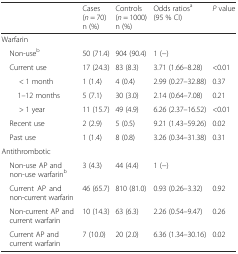
<table><thead><tr><td></td><td><b>Cases(<i>n</i> = 70)n (%)</b></td><td><b>Controls(<i>n</i> = 1000)n (%)</b></td><td><b>Odds ratios<sup>a</sup>(95 % CI)</b></td><td><b><i>P</i> value</b></td></tr></thead><tbody><tr><td colspan="5">Warfarin</td></tr><tr><td> Non-use<sup>b</sup></td><td>50 (71.4)</td><td>904 (90.4)</td><td>1 (−)</td><td></td></tr><tr><td> Current use</td><td>17 (24.3)</td><td>83 (8.3)</td><td>3.71 (1.66–8.28)</td><td>&lt;0.01</td></tr><tr><td>&lt; 1 month</td><td>1 (1.4)</td><td>4 (0.4)</td><td>2.99 (0.27–32.88)</td><td>0.37</td></tr><tr><td>1–12 months</td><td>5 (7.1)</td><td>30 (3.0)</td><td>2.14 (0.64–7.08)</td><td>0.21</td></tr><tr><td>&gt; 1 year</td><td>11 (15.7)</td><td>49 (4.9)</td><td>6.26 (2.37–16.52)</td><td>&lt;0.01</td></tr><tr><td> Recent use</td><td>2 (2.9)</td><td>5 (0.5)</td><td>9.21 (1.43–59.26)</td><td>0.02</td></tr><tr><td> Past use</td><td>1 (1.4)</td><td>8 (0.8)</td><td>3.26 (0.34–31.38)</td><td>0.31</td></tr><tr><td colspan="5">Antithrombotic</td></tr><tr><td> Non-use AP and non-use warfarin<sup>b</sup></td><td>3 (4.3)</td><td>44 (4.4)</td><td>1 (−)</td><td></td></tr><tr><td> Current AP and non-current warfarin</td><td>46 (65.7)</td><td>810 (81.0)</td><td>0.93 (0.26–3.32)</td><td>0.92</td></tr><tr><td> Non-current AP and current warfarin</td><td>10 (14.3)</td><td>63 (6.3)</td><td>2.26 (0.54–9.47)</td><td>0.26</td></tr><tr><td> Current AP and current warfarin</td><td>7 (10.0)</td><td>20 (2.0)</td><td>6.36 (1.34–30.16)</td><td>0.02</td></tr></tbody></table>